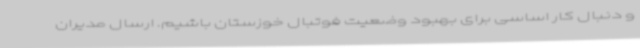
و دنبال کار اساسی برای بهبود وضعیت فوتبال خوزستان باشیم. ارسال مدیران